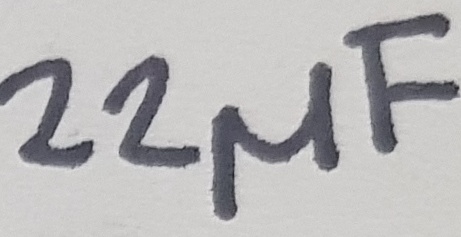
Text: 22µF